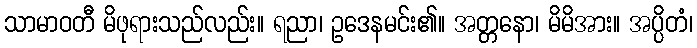
သာမာဝတီ မိဖုရားသည်လည်း။ ရညာ၊ ဥဒေနမင်း၏။ အတ္တနော၊ မိမိအား။ အပ္ပိတံ၊